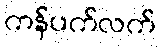
ကန်ပက်လက်